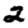
Digit: 2